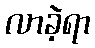
လာခဲ့ရာ